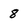
Character: 8